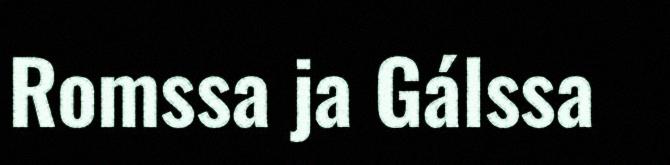
Romssa ja Gálssa